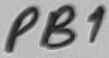
Text: PB1